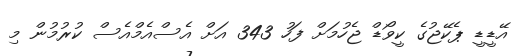
އޭޑީޑީ ޕެކޭޖުގެ ކީވޯޑް ޖެހުމަށް ފަހު 343 އަށް އެސްއެމްއެސް ކުރުމުން މި